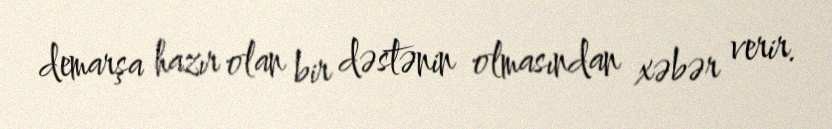
demarşa hazır olan bir dəstənin olmasından xəbər verir.